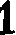
1